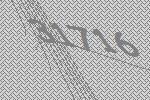
31716